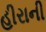
હીરાની